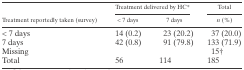
| <ROWSPAN=2> Treatment reportedly taken (survey) | <COLSPAN=2> Treatment delivered by HC* | Total |
 | < 7 days | 7 days | n (%) |
 | --- | --- | --- | --- |
 | < 7 days | 14 (0.2) | 23 (20.2) | 37 (20.0) |
 | 7 days | 42 (0.8) | 91 (79.8) | 133 (71.9) |
 | Missing |  |  | 15† |
 | Total | 56 | 114 | 185 |